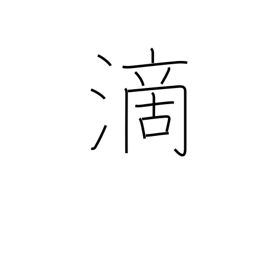
Meaning: drip